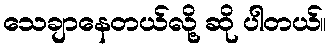
သေချာနေတယ်လို့ ဆို ပါတယ်။